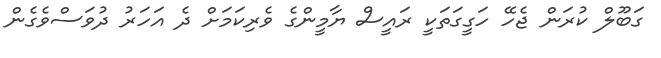
ގަބޫލް ކުރަން ޖެހޭ ހަގީގަތަކީ ރައީސް ޔާމީންގެ ވެރިކަމަށް ދެ އަހަރު ދުވަސްވެގެން